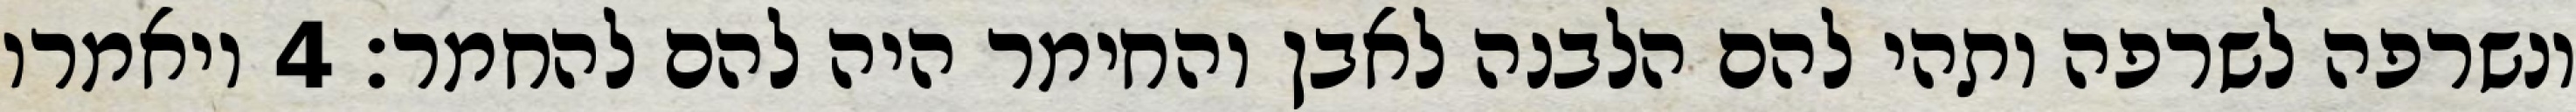
ונשרפה לשרפה ותהי להם הלבנה לאבן והחימר היה להם להחמר׃ ‎4‏ ויאמרו